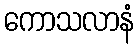
ကောသလာနံ